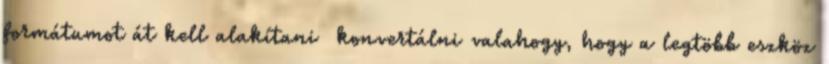
formátumot át kell alakítani konvertálni valahogy, hogy a legtöbb eszköz